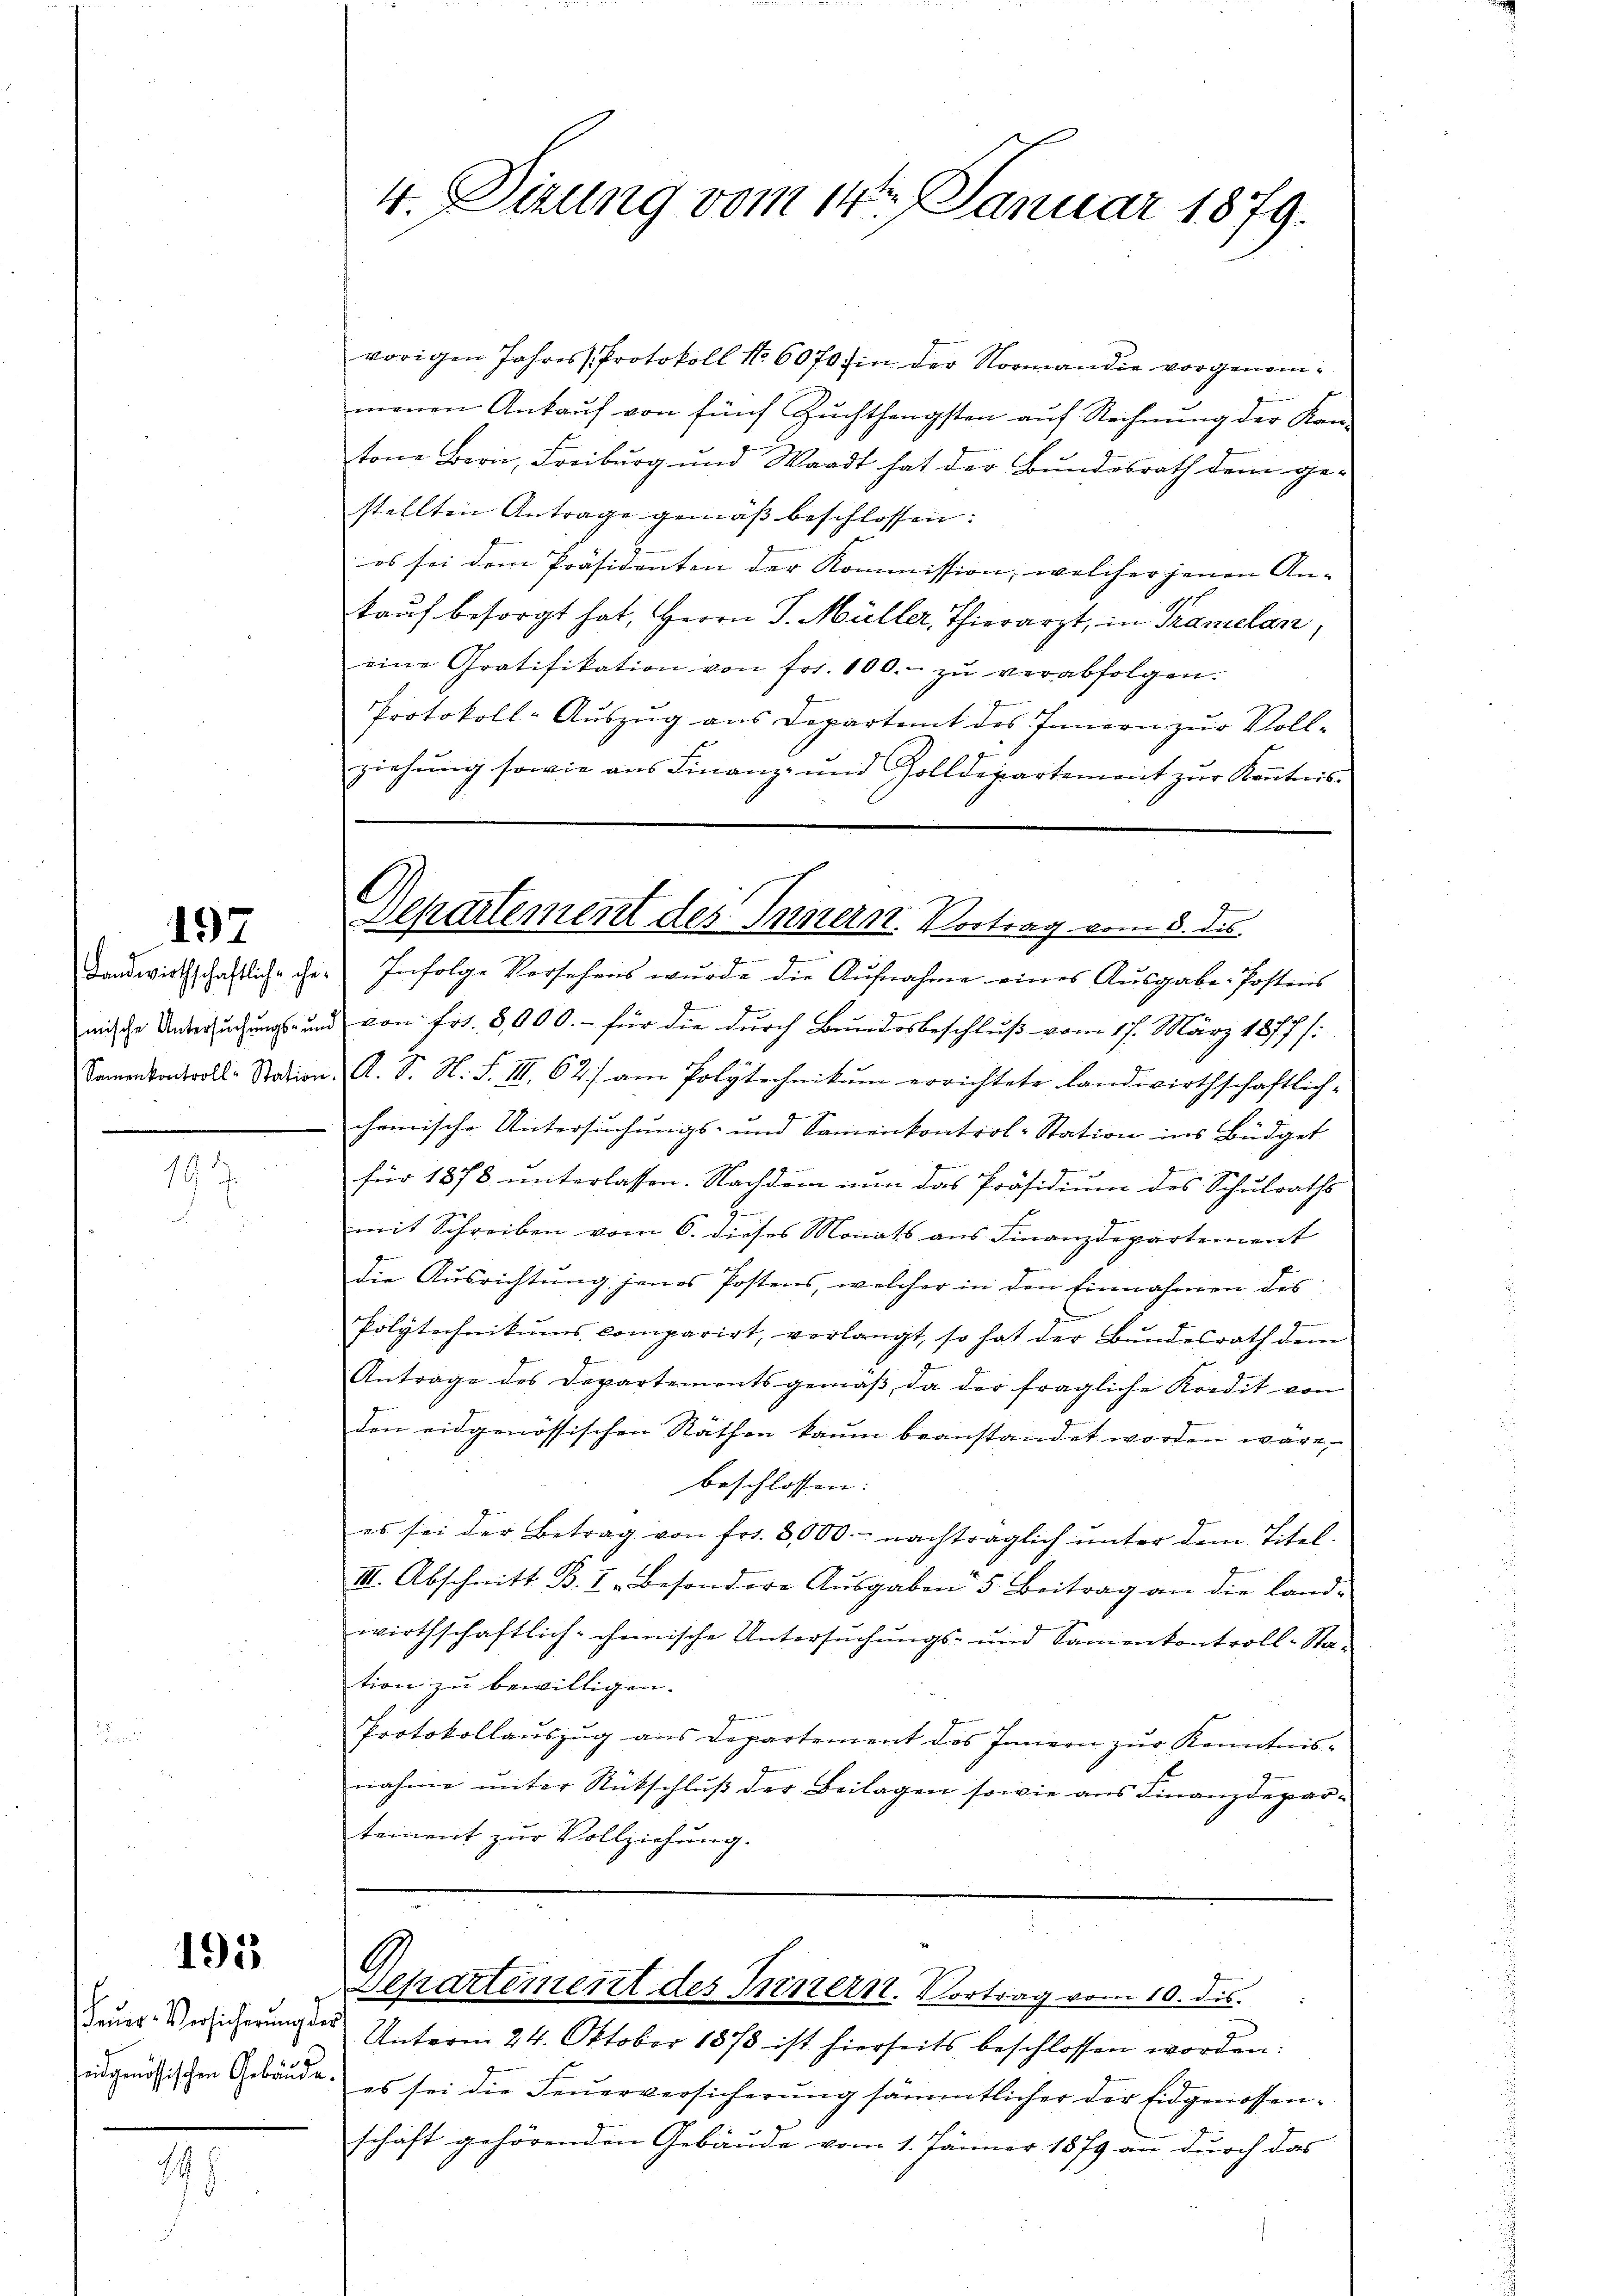
197

19.

191

Feŭer-Versicherung des
eidgenössischen Gebäude.

198

4. Tizung vom 14ten Januar 1879.

vorigen Jahres Protokoll No 607 in der Normandie vorgenommenen Ankauf von fünf Zuchthengsten auf Rechnung der Kan-
tone Bern, Freiburg und Waadt hat der Bundesrath dem gestellten Antrage gemäß beschlossen:
es sei dem Präsidenten der Kommission, welcher jenen An- |
kauf besorgt hat, Herrn J. Müller, Thierarzt, in Kramelan
eine Gratifikation von frs. 100.- zŭ verabfolgen.
Protokoll-Auszug aus Departamt des Innern zur Vollziehŭng sowie ans Finanz- und Zolldepartement zŭr Kenntnis.
Landwirthschaftliche der Infolge Versehens wurde die Aufnahme eines Ausgabe Postens
2
mische Untersuchungs- und von Fr. 8000.- für die durch Bundesbeschluß vom 17. März 1877 /:
Samenkontroll-Station A. S. N. F. III 62) am Polytechnikum errichtete Landwirthschaftlich-
chemische Untersuchungs- und Samenkontrol-Station ins Büdget
für 1878 unterlassen. Nachdem nun das Präsidium des Schulraths
e
mit Schreiben vom 6. dieses Monats aus Finanzdepartement
die Ausrichtung jenes Postens, welcher in den Einnahmen des
Polytechnikums comparirt, verlangt, so hat der Bundesrath dem
Antrage des Departementsgemäβ, da der fragliche Kredit von
den eidgenössischen Räthen kaum beanstandet worden wäre,
beschlossen:
es sei der Betrag von frs. 2,000.- nachträglich ŭnter dem Titel.
III. Abschnitt B. I. Besondere Aŭsgaben 5 Beitrag an die Land-
wirthschaftlich-chemische Untersŭchŭngs- und Samenkontroll-Sta-
tion zu bewilligen.
Protokollauszug aus Departement des Innern zur Kenntnisnahme unter Rückschluß der Beilagen sowie aus Finanzdepartement zur Vollziehung.

Separtement des Innern. Vortrag vom 8. die

Departement des Innern. Vortrag vom 10. ds.

Unterm 24. Oktober 1878 ist hierseits beschlossen worden.
es sei die Feuerversicherung sämmtlicher der Eidgenossenschaft gehörenden Gebäude vom 1. Jänner 1879 an durch das